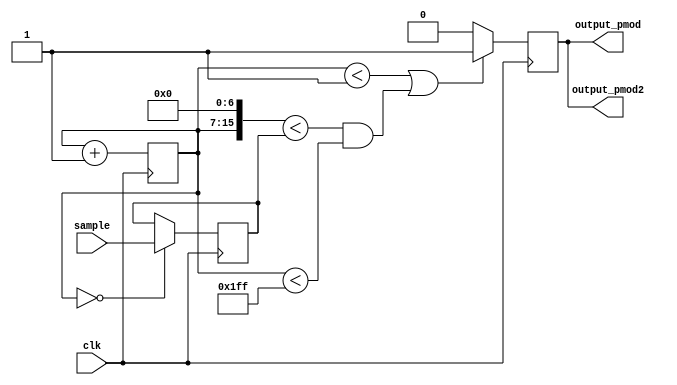
// PWM audio for NES260
// Feng Zhou, 2022-7
//
// Module is IceSugar PMOD_audio 1.2 (IC: PAM8403)
// Schematic: https://github.com/wuxx/icesugar/tree/master/schematic
// Example: https://github.com/wuxx/icesugar/tree/master/src/basic/verilog/music

module pmod_audio (
	input clk,     // 21.477 Mhz
	input [15:0] sample,       // sampling rate is 21477 / 512 = 42 Khz  
	output output_pmod,
	output output_pmod2
//    input wire clk,     // 14 Mhz
);

reg [8:0] counter = 0;
reg [15:0] audio_latched = 0;
reg aud_pwm;

assign output_pmod = aud_pwm;
assign output_pmod2 = aud_pwm;

always @(posedge clk) begin
    if (counter == 0)
        audio_latched <= sample;
    if (counter < 1 || ({counter,7'b0} < audio_latched && counter < 511) )
        aud_pwm <= 1;
    else
        aud_pwm <= 0;
    counter <= counter + 1;
end

endmodule